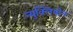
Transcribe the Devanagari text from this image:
न्युक्लियोन